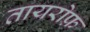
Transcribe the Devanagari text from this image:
तायरोफ़